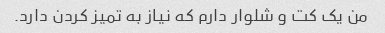
من یک کت و شلوار دارم که نیاز به تمیز کردن دارد.